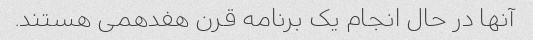
آنها در حال انجام یک برنامه قرن هفدهمی هستند.